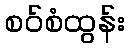
စဝ်စံထွန်း